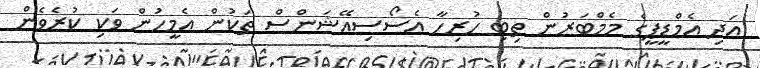
އަދި އެމްޑީޕީގެ މެމްބަރުން ތިބި ހުރިހާ އެސޯސިއޭޝަންސް ތަކުން އެމީހުން ވަކި ކުރެވެން